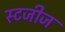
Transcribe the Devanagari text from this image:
स्टजीज